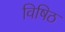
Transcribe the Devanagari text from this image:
विषिठ